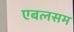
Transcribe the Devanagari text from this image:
एबलसम